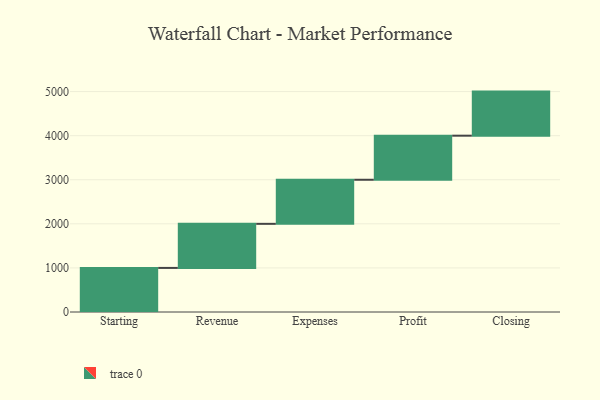
{"axis": {"x": "Step", "y": "Value"}, "legend": [""], "data": [{"x": "Starting", "y": 1000, "type": ""}, {"x": "Revenue", "y": 1000, "type": ""}, {"x": "Expenses", "y": 1000, "type": ""}, {"x": "Profit", "y": 1000, "type": ""}, {"x": "Closing", "y": 1000, "type": ""}]}